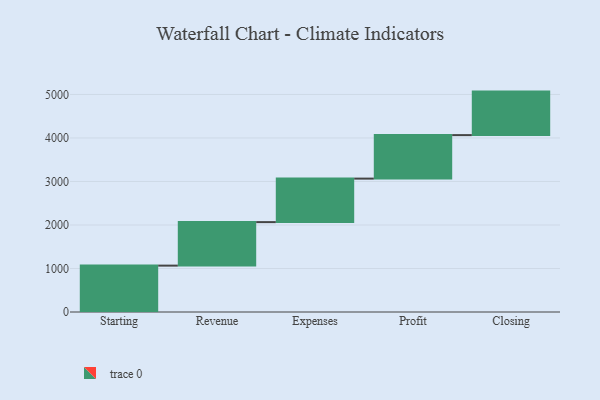
{"axis": {"x": "Step", "y": "Value"}, "legend": [""], "data": [{"x": "Starting", "y": 1066.0, "type": ""}, {"x": "Revenue", "y": 1000, "type": ""}, {"x": "Expenses", "y": 1000, "type": ""}, {"x": "Profit", "y": 1000, "type": ""}, {"x": "Closing", "y": 1000, "type": ""}]}